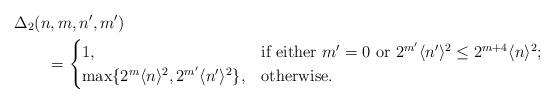
LaTeX: \begin{align*}&\Delta_{2}(n,m,n',m')\\&\qquad=\begin{cases}1, &\mbox{if either $m'=0$ or $2^{m'}\langle n'\rangle^{2}\le 2^{m+4}\langle n\rangle^{2}$;}\\\max\{2^{m}\langle n\rangle^{2},2^{m'}\langle n'\rangle^{2}\}, & \mbox{otherwise}.\end{cases}\end{align*}